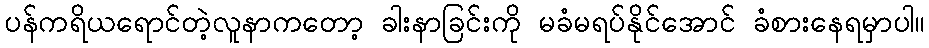
ပန်ကရိယရောင်တဲ့လူနာကတော့ ခါးနာခြင်းကို မခံမရပ်နိုင်အောင် ခံစားနေရမှာပါ။